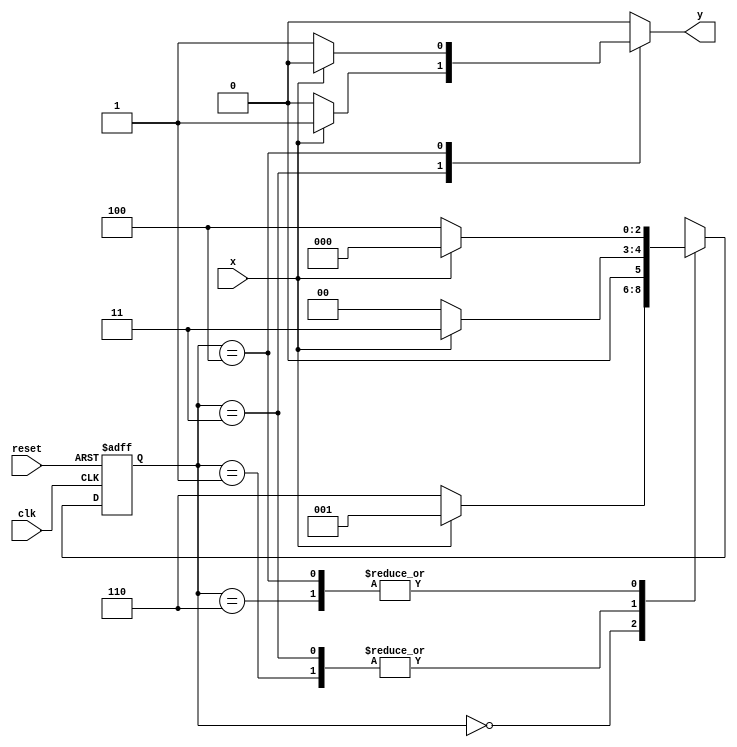
// ---------------------
// Mealy - FSM capaz de identificar uma sequncia de trs bits alternados (101) ou (010).
// Nome: Bruno Rafael Nicolletti
// ---------------------

//Implementar um mquina de estados finitos capaz de identificar uma sequncia de trs bits alternados (101) ou (010).
 



// --- Mealy FSM
// --- seq: 101 ou 010


// constant definitions
`define found    1
`define notfound 0

// FSM by Mealy
module exercicio5_seq101_010 ( y, x, clk, reset );

	output y;
	input  x;
	input  clk;
	input  reset;

	reg    y;

	parameter         // state identifiers 
		start  = 3'b000,
		id1    = 3'b001,
		id10   = 3'b011,
		id0    = 3'b110,
		id01   = 3'b100;

	reg [2:0] E1;	// current state variables
	reg [2:0] E2;	// next state logic output

	// next state logic
   always @( x or E1 )
		begin
		y = `notfound;

		case ( E1 )
			start:
				if ( x )
					E2 = id1;
				else
					E2 = id0;
				
			id1:
				if ( x )
					E2 = id10;
				else
					E2 = start;

			id10:
				if ( x )
				begin
					E2 =  id10;
					y  = `found;
				end
				else
				begin
					E2 =  start;
					y  = `notfound;
				end
			
			id0:
				if ( x )
					E2 = start;
				else
					E2 = id01;

			id01:
				if ( x )
				begin
					E2 =  start;
					y  = `notfound;
				end
				else
				begin
					E2 =  id01;
					y  = `found;
				end
	 
			default:   // undefined state
				E2 =  3'bxxx;
		endcase
	  
		end // always at signal or state changing
		

	// state variables
		always @( posedge clk or negedge reset )
		begin
			if ( reset )
				E1 = E2;    // updates current state
			else
				E1 = 0;     // reset
		end // always at signal changing

endmodule // exercicio5_seq101_010

module Exercicio5;
	
	reg   clk, reset, x;
	wire  m1;

	exercicio5_seq101_010 M5 ( m1, x, clk, reset );

	initial
	begin
		$display("Guia 10 - Bruno Rafael Nicolletti");
		$display("\nTime\tX   Seq 101|010" );

	// initial values
       clk   = 1;
       reset = 0;
       x     = 0;

	// input signal changing
		#10   reset = 1;
		#10  x = 1;
		#10  x = 0;
		#10  x = 0;
		#10  x = 1;
		#10  x = 0;
		#10  x = 1;
		#10  x = 1;
		#10  x = 1;
		#10  x = 1;
		#10  x = 0;
		#10  x = 1;
		#10  x = 1;
		#10  x = 1;
		#10  x = 0;
		#10  x = 1;
		#10  x = 0;
		#10  x = 0;
		#10  x = 0;
		
		#5 $finish;
	
	end // initial

	always
		#5 clk = ~clk;

	always @( posedge clk )
	begin
		$display ( "%4d \t%b\t%b", $time, x, m1);
	end // always at positive edge clocking changing

endmodule